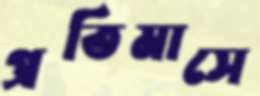
প্রতিমাসে